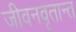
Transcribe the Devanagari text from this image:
जीवनवृतान्त